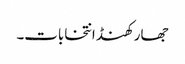
جھارکھنڈ انتخابات۔